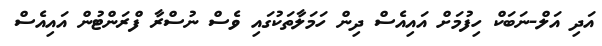
އަދި އަލް-ނަބަކް ހިފުމަށް އައިއެސް ދިން ހަމަލާތަކުގައި ވެސް ނުސްރާ ފްރަންޓުން އައިއެސް